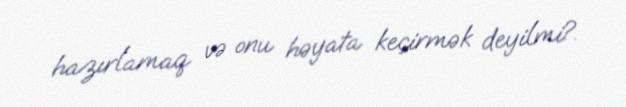
hazırlamaq və onu həyata keçirmək deyilmi?.